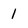
Character: 1